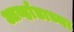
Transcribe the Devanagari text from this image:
आर्व्हाडाच्या